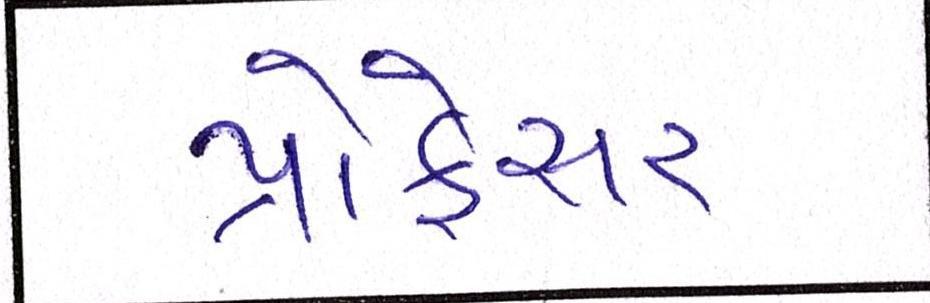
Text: પ્રોફેસર